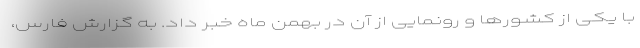
با یکی از کشورها و رونمایی از آن در بهمن ماه خبر داد. به گزارش فارس،